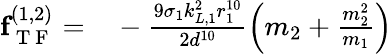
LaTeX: \begin{array}{rl}{\textbf{f}_{\mathrm{~T~F~}}^{(1,2)}=}&{{}-\frac{9\sigma_{1}k_{L,1}^{2}r_{1}^{10}}{2d^{10}}\left(m_{2}+\frac{m_{2}^{2}}{m_{1}}\right)}\end{array}